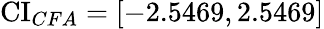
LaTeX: \operatorname{CI}_{CFA}=[-2.5469,2.5469]